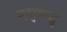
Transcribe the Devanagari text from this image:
मधुऋतु